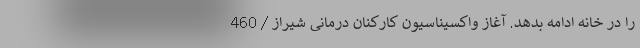
را در خانه ادامه بدهد. آغاز واکسیناسیون کارکنان درمانی شیراز / 460